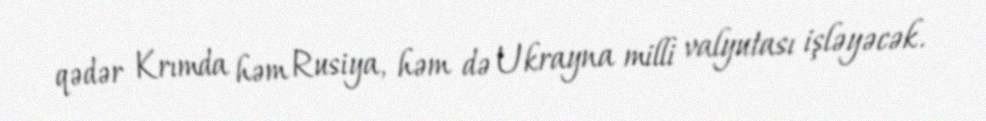
qədər Krımda həm Rusiya, həm də Ukrayna milli valyutası işləyəcək.